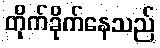
တိုက်ခိုက်နေသည်